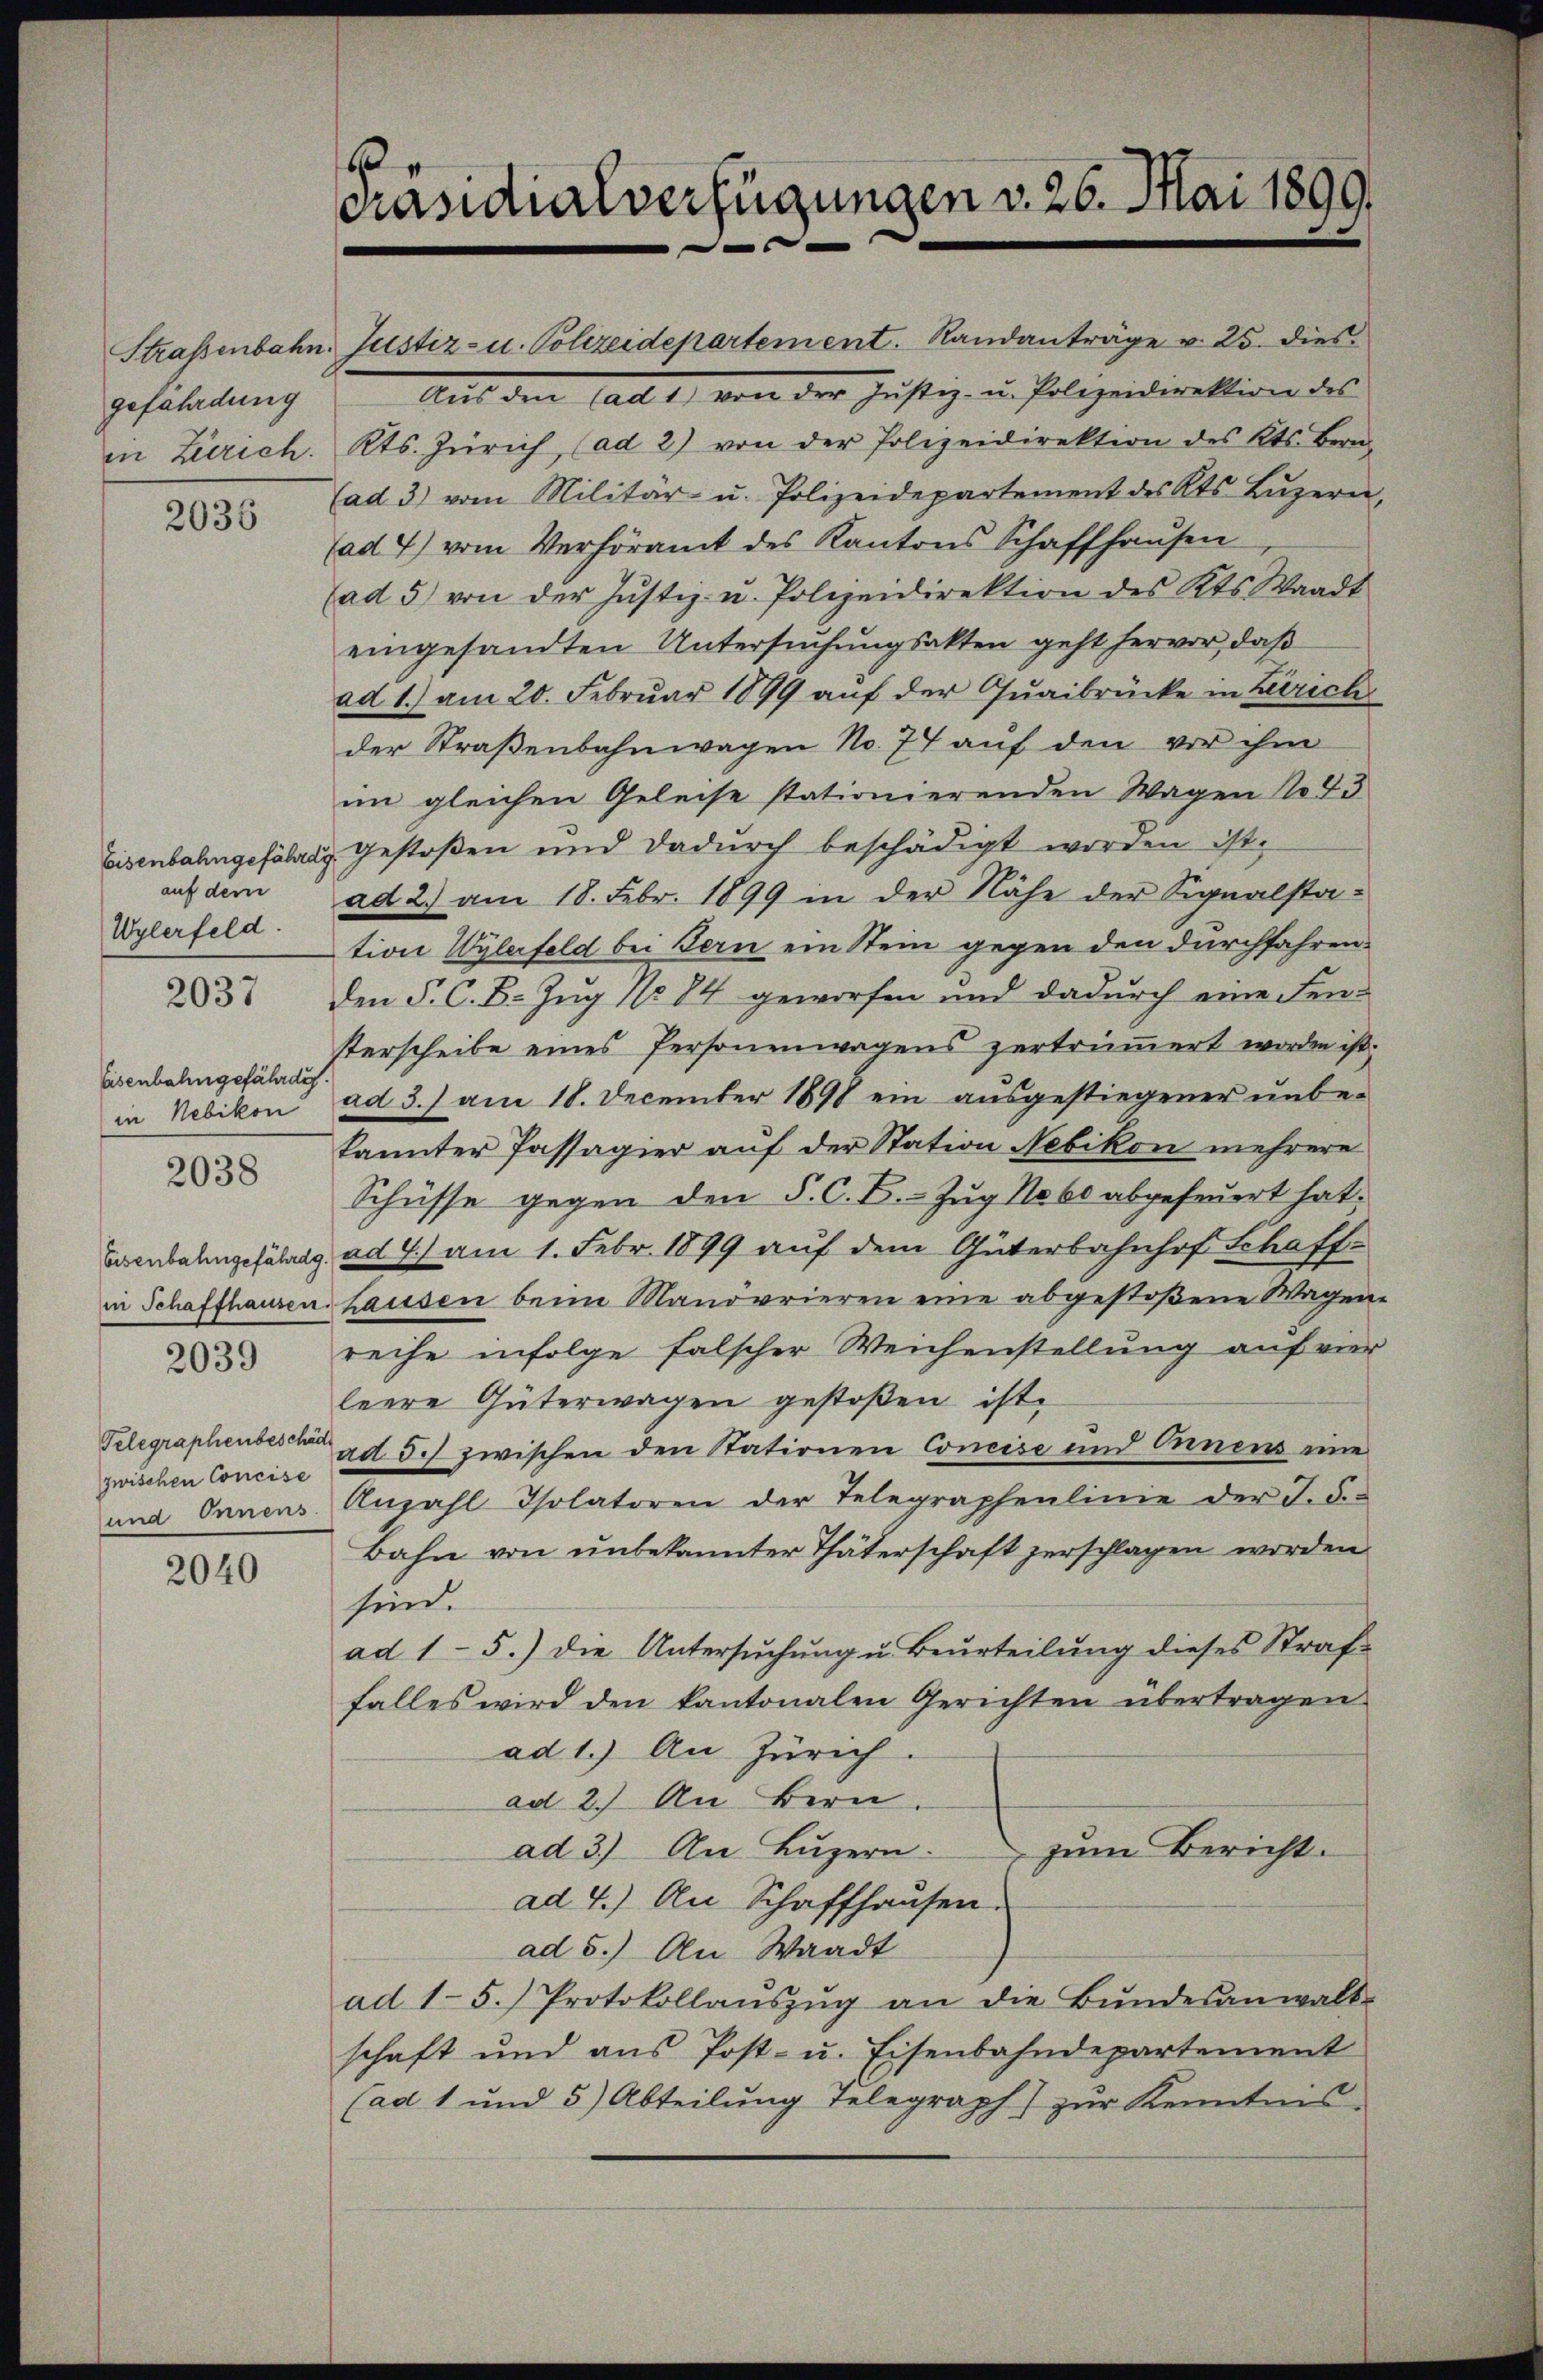
gefährdung

2036

auf dem
Wylerfeld.

2037

Eisenbahngefährdig.

2038

2039

zwischen Concise

2040

Präsidialverfügungen v. 26. Mai 1890.

Strassenbahn. Justiz- u. Polizeidepartement. Randanträge v. 25. dies
Auf den Fall 2) von der Justiz- u. Polizeidirektion des
in Zürich. Kts. Zürich, (ad 2) von der Polizeidirektion des Kts. Bern,
(ad 3) vom Militär- u. Polizeidepartement des Kts. Lŭzern,
(ad 7) vom Verhöramt des Kantons Schaffhaŭsen
(ad 5) von der Justiz- u. Polizeidirektion des Kts. Waadt
eingesandten Untersuchungsakten geht hervor, daß
ad 1.) am 20. Februar 1899 auf der Quaibrücke in Zürich
der Straßenbahnwagen No. 77 auf den vor ihm
im gleichen Geleise stationierenden Wagen No 43
Eisenbahngefähren Gestoßen und dadurch beschädigt worden ist.
ad 2.) am 18. Febr. 1899 in der Nähe der Signalsta-
tion Wylerfeld bei Bern ein Stein gegen den durchfahren
den P. C. B. Zug No 84 geworfen und dadurch eine Fensterscheibe eines Personenwagens zertrümmert worden ist,
in Nebikon ad 3.) am 18. December 1898 ein ausgestiegener unbe-
kannter Passagier auf der Station Nebikon mehrere
Schüsse gegen den §. C. B. Zug No 60 abgefeuert hat.
Eisenbahngefährig ad 7) am 1. Febr. 1899 auf dem Güterbahnhof Schaffin Schaffhausen hausen beim Manövrieren eine abgestoßene Wagene
reihe infolge falscher Weichenstellung auf vier
leere Güterwagen gestoßen ist.
Telegraphenbesche ad 5.) zwischen den Stationen Concise und Ernens eine
und Innens. Anzahl Isolatoren der Telegraphenlinie der J. d.
Bahn von unbekannter Thäterschaft zerschlagen worden
sind.
ad 15.) Die Untersuchung u. Beurteilung dieses Straf
falles wird den kantonalen Gerichten übertragen
ad 1.) An Zürich.
ad 2.) An Bern.
ad 3.) An Luzern.
zum Bericht.
ad 4.) An Schaffhausen.
ad 5.) An Waadt
ad 1-5.) Protokollaŭszŭg an die Bŭndesanwalt-
schaft und aus Post- u. Eisenbahndepartement
(ad 1 und 5) Abteilŭng Telegraph) zŭr Kenntnis